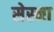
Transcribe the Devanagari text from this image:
सेस्ना